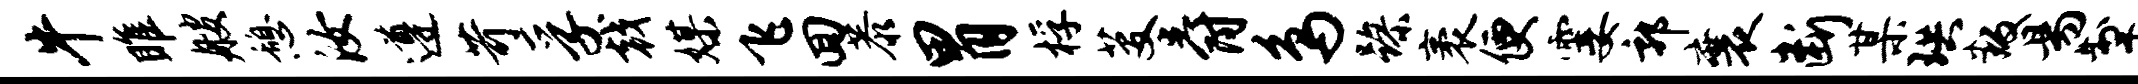
牛雎艘憩汝遵苛孚戟媒飞回恭胃桴芟爵鸟躁袤便霎郭襄断某珙叛易掣